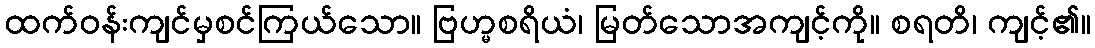
ထက်ဝန်းကျင်မှစင်ကြယ်သော။ ဗြဟ္မစရိယံ၊ မြတ်သောအကျင့်ကို။ စရတိ၊ ကျင့်၏။